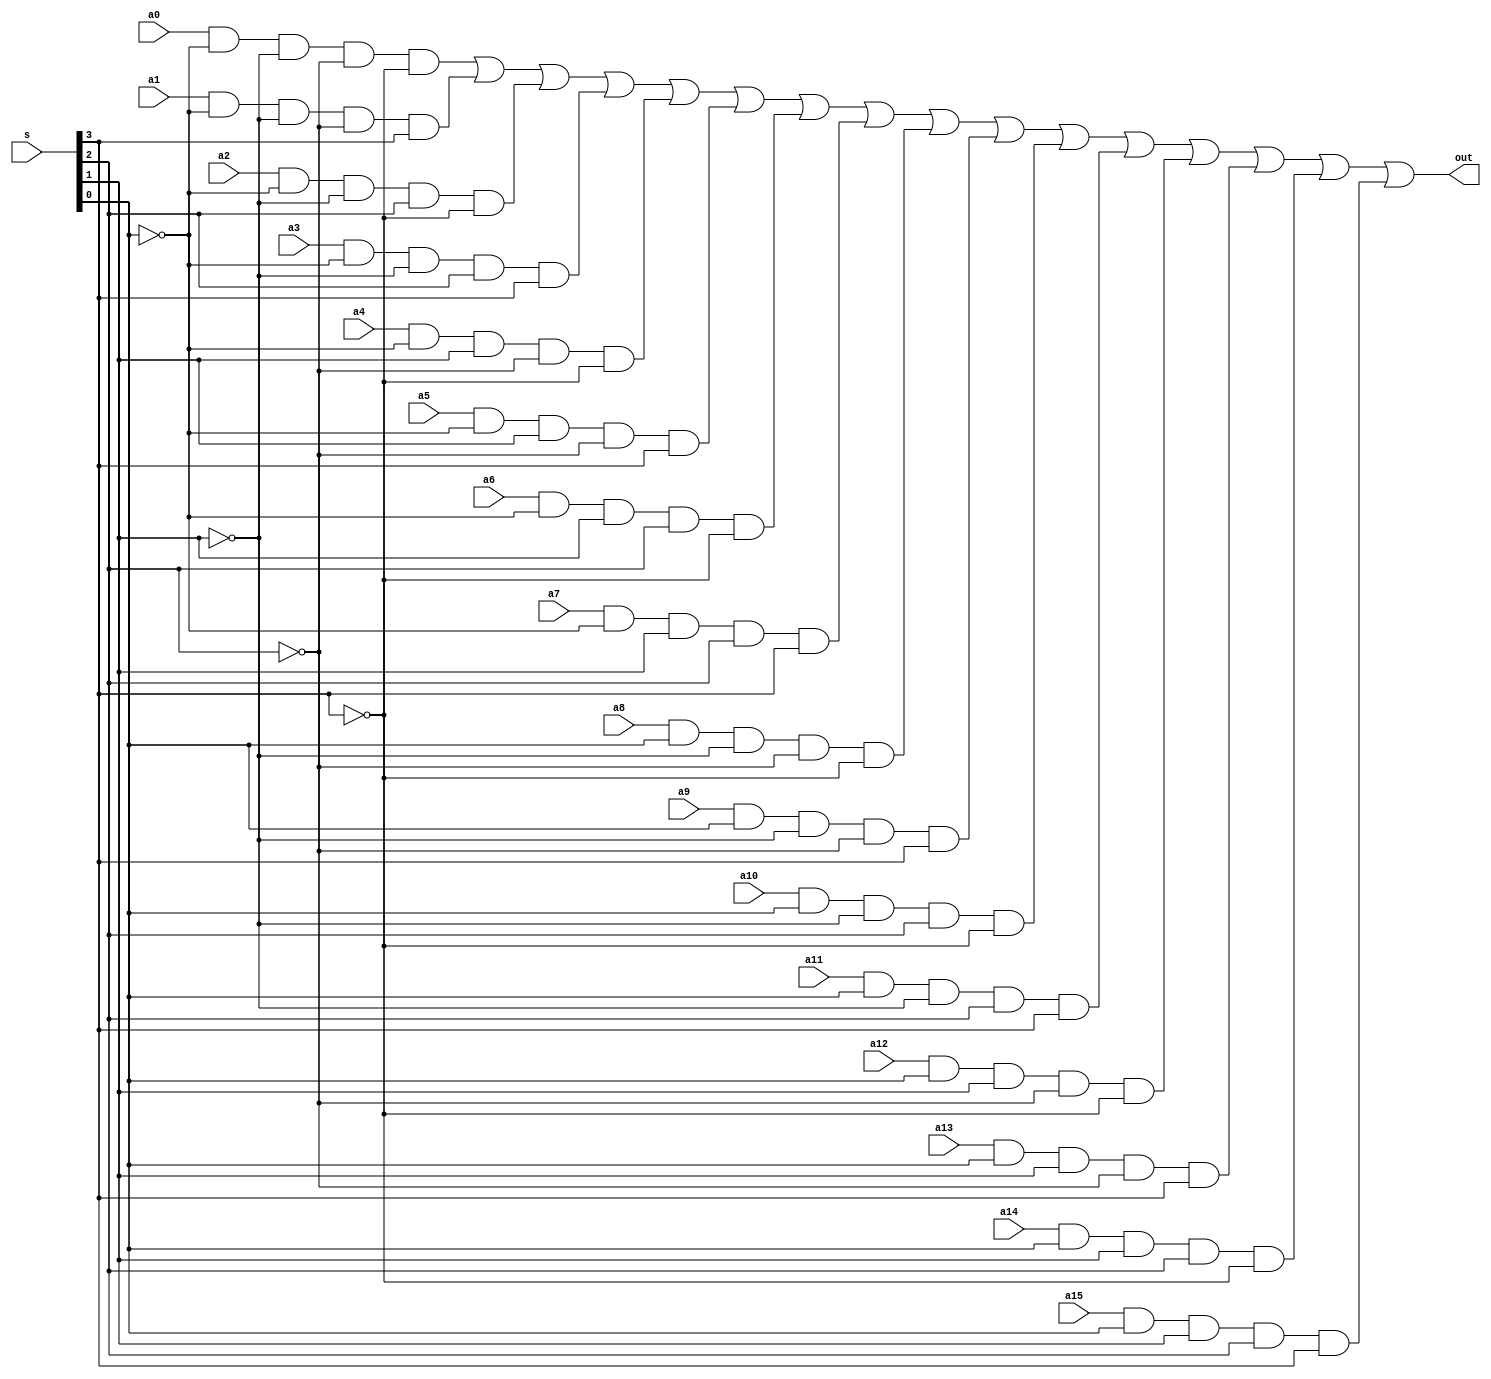
module mux32_4x1( out, a0, a1, a2, a3, a4, a5, a6,  a7, a8, a9, a10, a11, a12, a13, a14, a15, s);

input a0, a1, a2, a3, a4, a5, a6,  a7, a8, a9, a10, a11, a12, a13, a14, a15;
input [3:0] s;
output out;

wire s0n, s1n, s2n, s3n; //s0 not, s1 not, s2 not, s3 not
wire w0, w1, w2, w3, w4, w5, w6, w7, w8, w9, w10, w11, w12, w13, w14, w15;

not n0(s0n, s[0]);
not n1(s1n, s[1]);
not n2(s2n, s[2]);
not n3(s3n, s[3]);

and and1(w0, a0, s0n, s1n, s2n, s3n);
and and2(w1, a1, s0n, s1n, s2n, s[3]);
and and3(w2, a2, s0n, s1n, s[2], s3n);
and and4(w3, a3, s0n, s1n, s[2], s[3]);
and and5(w4, a4, s0n, s[1], s2n, s3n);
and and6(w5, a5, s0n, s[1], s2n, s[3]);
and and7(w6, a6, s0n, s[1], s[2], s3n);
and and8(w7, a7, s0n, s[1], s[2], s[3]);
and and9(w8, a8, s[0], s1n, s2n, s3n);
and and10(w9, a9, s[0], s1n, s2n, s[3]);
and and11(w10, a10, s[0], s1n, s[2], s3n);
and and12(w11, a11, s[0], s1n, s[2], s[3]);
and and13(w12, a12, s[0], s[1], s2n, s3n);
and and14(w13, a13, s[0], s[1], s2n, s[3]);
and and15(w14, a14, s[0], s[1], s[2], s3n);
and and16(w15, a15, s[0], s[1], s[2], s[3]);

or or1(out, w0, w1, w2, w3, w4, w5, w6, w7, w8, w9, w10, w11, w12, w13, w14, w15);

endmodule